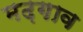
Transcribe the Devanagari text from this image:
मढ़गाव